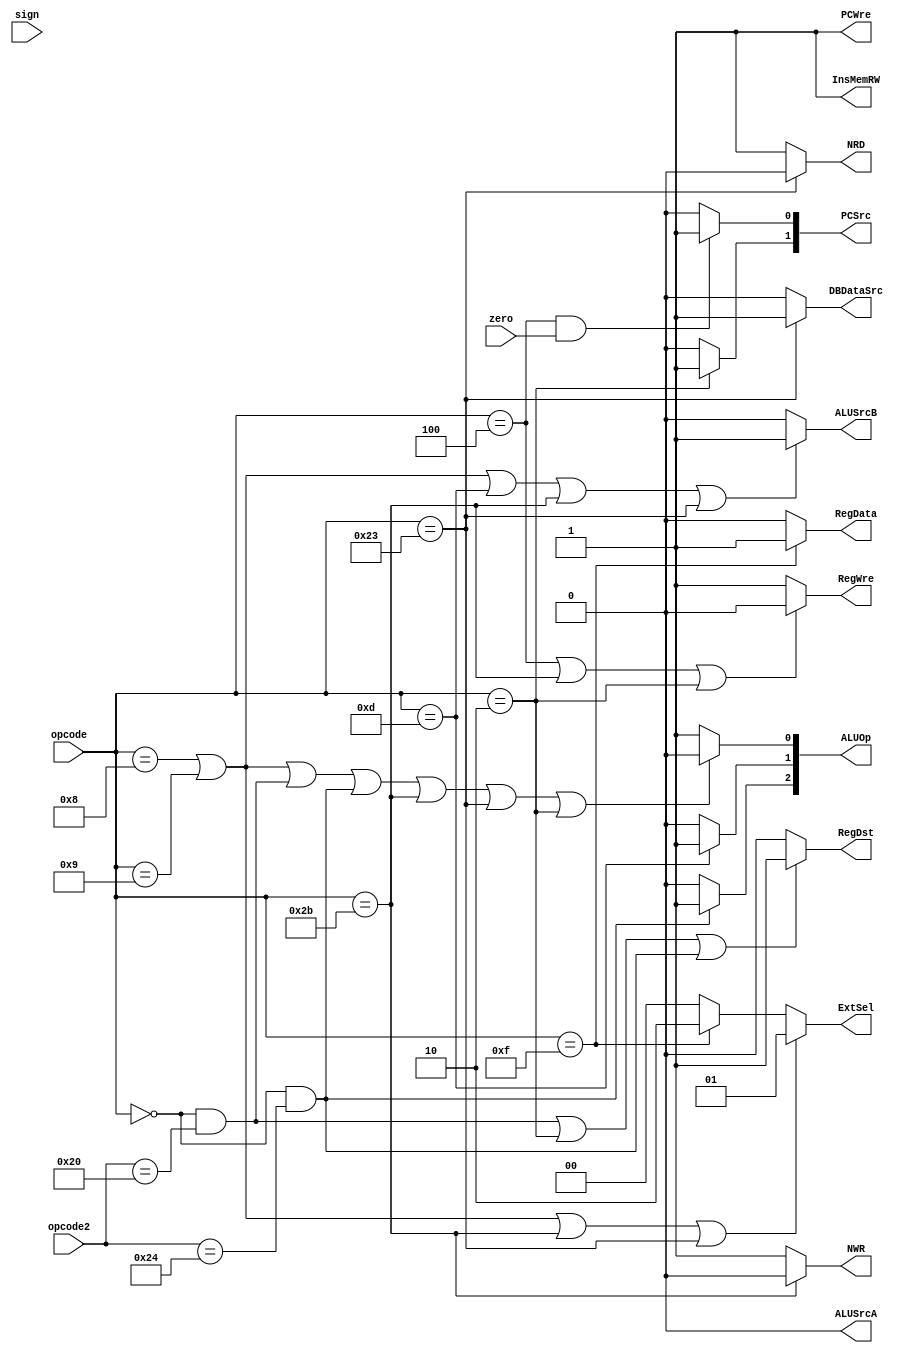
`timescale 1ns / 1ps
//////////////////////////////////////////////////////////////////////////////////
// Company: 
// Engineer: 
// 
// Design Name: 
// Module Name: ControlUnit
// Project Name: 
// Target Devices: 
// Tool Versions: 
// Description: 
// 
// Dependencies: 
// 
// Revision:
// Revision 0.01 - File Created
// Additional Comments:
// 
//////////////////////////////////////////////////////////////////////////////////


//code review passed on 11.18
//project Vishera: controlUnit
module ControlUnit(
    input [5:0] opcode,
    input [5:0] opcode2,
    input zero,
    input sign,
    output RegWre,
    output PCWre,
    output ALUSrcA,
    output ALUSrcB,
    output [2:0] ALUOp,
    output InsMemRW,
    output DBDataSrc,
    output RegDst,
    output NRD,
    output NWR,
    output [1:0] PCSrc,
    output [1:0] ExtSel,
    output RegData
    );  
    assign RegWre=(opcode==6'b000100||opcode==6'b101011||opcode==6'b000010)?0:1;
    assign PCWre=1;
    assign ALUSrcA=0;
    assign ALUSrcB=(opcode==6'b001000||opcode==6'b001001||opcode==6'b001101||opcode==6'b101011||opcode==6'b100011)?1:0;
    assign ALUOp[0]=(opcode==6'b001000||opcode==6'b001001||(opcode==6'b000000&&opcode2==6'b100000)||(opcode==6'b000000&&opcode2==6'b100100)||opcode==6'b101011||opcode==6'b100011||opcode==6'b000010)?0:1;
    assign ALUOp[1]=(opcode==6'b001101)?1:0;
    assign ALUOp[2]=((opcode==6'b000000&&opcode2==6'b100100))?1:0;
    assign InsMemRW=1;
    assign DBDataSrc=(opcode==6'b100011)?1:0;
    assign RegDst=((opcode==6'b000000&&opcode2==6'b100000)||opcode==6'b000010||(opcode==6'b000000&&opcode2==6'b100100))?1:0;
    assign NRD=(opcode==6'b100011)?0:1;
    assign NWR=(opcode==6'b101011)?0:1;
    assign PCSrc[0]=((opcode==6'b000100&&zero==1))?1:0;
    assign PCSrc[1]=(opcode==6'b000010)?1:0;
    assign ExtSel=(opcode==6'b001000||opcode==6'b001001||opcode==6'b101011||opcode==6'b100011|||opcode==6'b000100)?2'b01:((opcode==6'b001111)?2'b10:0);
    assign RegData=(opcode==6'b001111)?1:0;
endmodule